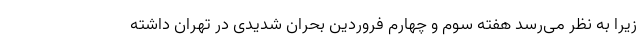
زیرا به نظر می‌رسد هفته سوم و چهارم فروردین بحران شدیدی در تهران داشته